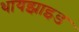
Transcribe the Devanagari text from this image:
थायझाइड